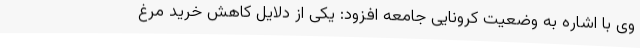
وی با اشاره به وضعیت کرونایی جامعه افزود: یکی از دلایل کاهش خرید مرغ